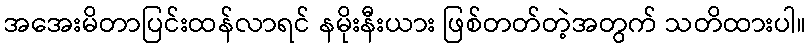
အအေးမိတာပြင်းထန်လာရင် နမိုးနီးယား ဖြစ်တတ်တဲ့အတွက် သတိထားပါ။